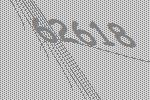
62618